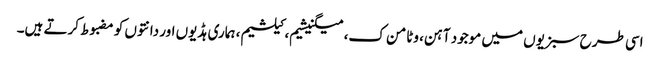
اسی طرح سبزیوں میں موجود آہن، وٹامن ک، میگنیشیم، کیلشیم، ہماری ہڈیوں اور دانتوں کو مضبوط کرتے ہیں۔